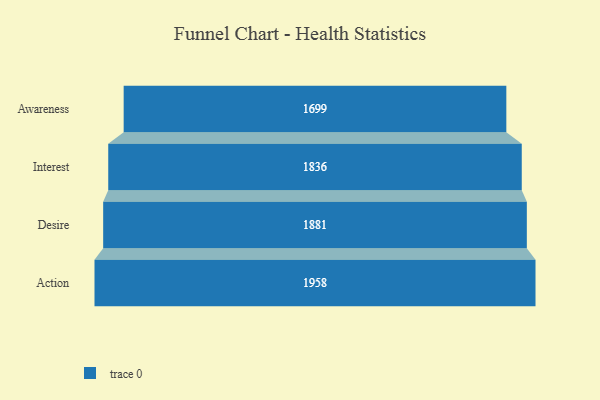
{"axis": {"x": "Stage", "y": "Value"}, "legend": [""], "data": [{"x": "Awareness", "y": 1699.0, "type": ""}, {"x": "Interest", "y": 1836.0, "type": ""}, {"x": "Desire", "y": 1881.0, "type": ""}, {"x": "Action", "y": 1958.0, "type": ""}]}